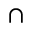
\cap